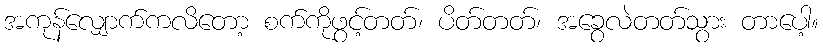
အကုန်လျှောက်ကလိတော့ စက်ကိုဖွင့်တတ်၊ ပိတ်တတ်၊ အခွေလဲတတ်သွား တာပေါ့။